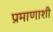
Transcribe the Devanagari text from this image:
प्रमाणाशी